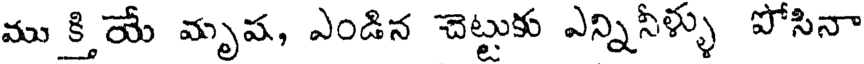
ము క్తి యే మృష, ఎండిన చెట్టుకు ఎన్నినీళ్ళు పోసినా